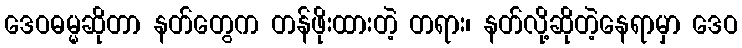
ဒေဝဓမ္မဆိုတာ နတ်တွေက တန်ဖိုးထားတဲ့ တရား၊ နတ်လို့ဆိုတဲ့နေရာမှာ ဒေဝ